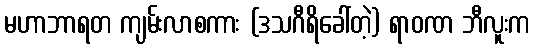
မဟာဘာရတ ကျမ်းလာစကား (ဒသဂီရိခေါ်တဲ့) ရာဝဏ ဘီလူးက